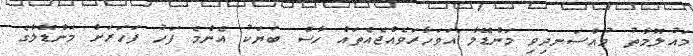
މައުލޫމާތު މުއްސަނދިވި މަންޑޭލާ އަވަހާރަވެއްޖެއެތައް ހާސް ބަޔަކު އެންމެ ފަހު ފަހަރަށް މަންޑޭލާގެ